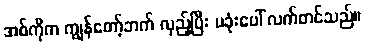
အစ်ကိုက ကျွန်တော့်ဘက် လှည့်ပြီး ပခုံးပေါ် လက်တင်သည်။